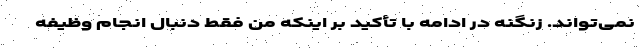
نمی‌تواند. زنگنه در ادامه با تأکید بر اینکه من فقط دنبال انجام وظیفه